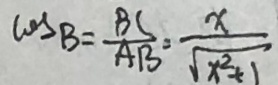
\cos B = \frac { B C } { A B } = \frac { x } { \sqrt { x } ^ { 2 } + 1 }